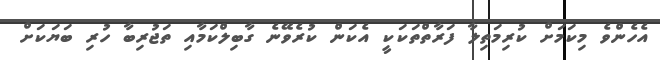
އެހެންވެ މިކަމަށް ކުރިމަތިލާ ފަރާތްތަކަކީ އެކަން ކުރެވޭނެ ގާބިލްކަމާއި ތަޖުރިބާ ހުރި ބަޔަކަށް